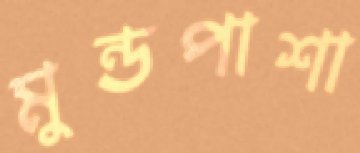
মুন্ডপাশা